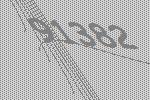
91382